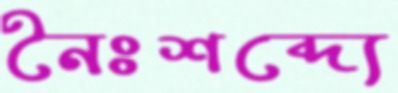
নৈঃশব্দ্যে